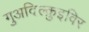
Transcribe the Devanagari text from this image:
गुअदिल्क़ुइविर